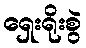
ရှေးရိုးစွဲ